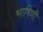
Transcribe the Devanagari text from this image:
भाषिणी